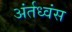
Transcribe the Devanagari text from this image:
अंर्तध्वंस